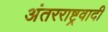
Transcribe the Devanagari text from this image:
अंतरराष्ट्रवादी